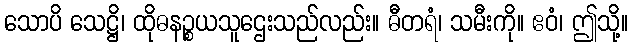
သောပိ သေဋ္ဌိ၊ ထိုဓနဉ္စယသူဌေးသည်လည်း။ ဓီတရံ၊ သမီးကို။ ဧဝံ၊ ဤသို့။